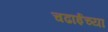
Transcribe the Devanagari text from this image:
चढाईच्या